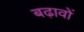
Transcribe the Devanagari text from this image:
बढ़ावों